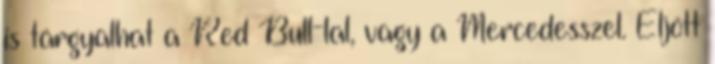
is tárgyalhat a Red Bull-lal, vagy a Mercedesszel. Eljött